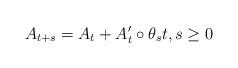
LaTeX: \begin{align*} A_{t+s}=A_t + A'_t \circ \theta_st,s \geq 0 \end{align*}